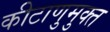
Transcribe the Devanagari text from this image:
कीटाणुमुक्त